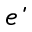
\acute { e }